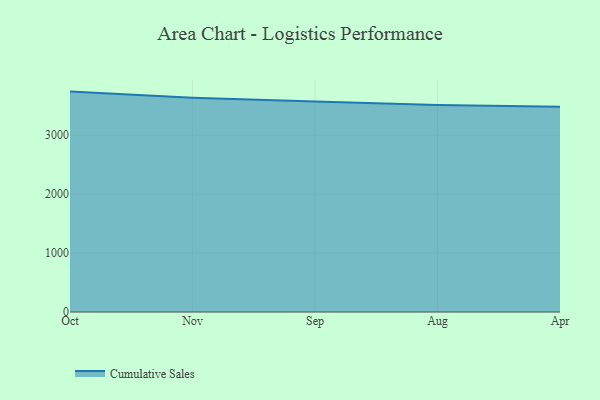
{"axis": {"x": "Month", "y": "Humidity (%)"}, "legend": ["Cumulative Sales"], "data": [{"x": "Oct", "y": 3741.0, "type": "Cumulative Sales"}, {"x": "Nov", "y": 3637.7, "type": "Cumulative Sales"}, {"x": "Sep", "y": 3571.5, "type": "Cumulative Sales"}, {"x": "Aug", "y": 3512.0, "type": "Cumulative Sales"}, {"x": "Apr", "y": 3485.9, "type": "Cumulative Sales"}]}